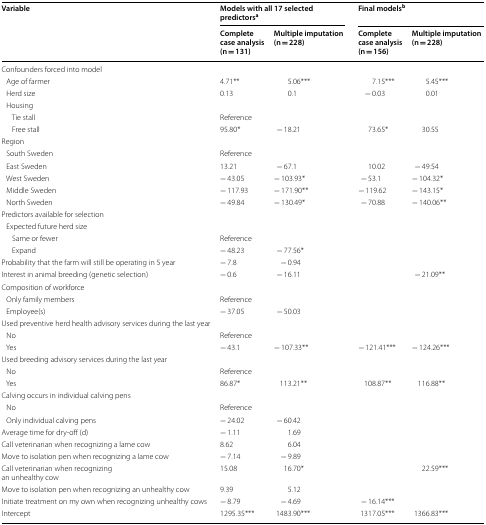
<table><thead><tr><td rowspan="2"><b>Variable</b></td><td colspan="2"><b>Models with all 17 selected predictors<sup>a</sup></b></td><td colspan="2"><b>Final models<sup>b</sup></b></td></tr><tr><td><b>Complete case analysis(n = 131)</b></td><td><b>Multiple imputation(n = 228)</b></td><td><b>Complete case analysis(n = 156)</b></td><td><b>Multiple imputation(n = 228)</b></td></tr></thead><tbody><tr><td colspan="5">Confounders forced into model</td></tr><tr><td> Age of farmer</td><td>4.71**</td><td>5.06***</td><td>7.15***</td><td>5.45***</td></tr><tr><td> Herd size</td><td>0.13</td><td>0.1</td><td>− 0.03</td><td>0.01</td></tr><tr><td colspan="3"> Housing</td><td></td><td></td></tr><tr><td>Tie stall</td><td>Reference</td><td></td><td></td><td></td></tr><tr><td>Free stall</td><td>95.80*</td><td>− 18.21</td><td>73.65*</td><td>30.55</td></tr><tr><td colspan="5">Region</td></tr><tr><td> South Sweden</td><td>Reference</td><td></td><td></td><td></td></tr><tr><td> East Sweden</td><td>13.21</td><td>− 67.1</td><td>10.02</td><td>− 49.54</td></tr><tr><td> West Sweden</td><td>− 43.05</td><td>− 103.93*</td><td>− 53.1</td><td>− 104.32*</td></tr><tr><td> Middle Sweden</td><td>− 117.93</td><td>− 171.90**</td><td>− 119.62</td><td>− 143.15*</td></tr><tr><td> North Sweden</td><td>− 49.84</td><td>− 130.49*</td><td>− 70.88</td><td>− 140.06**</td></tr><tr><td colspan="5">Predictors available for selection</td></tr><tr><td colspan="5"> Expected future herd size</td></tr><tr><td>Same or fewer</td><td>Reference</td><td></td><td></td><td></td></tr><tr><td>Expand</td><td>− 48.23</td><td>− 77.56*</td><td></td><td></td></tr><tr><td>Probability that the farm will still be operating in 5 year</td><td>− 7.8</td><td>− 0.94</td><td></td><td></td></tr><tr><td>Interest in animal breeding (genetic selection)</td><td>− 0.6</td><td>− 16.11</td><td></td><td>− 21.09**</td></tr><tr><td colspan="3">Composition of workforce</td><td></td><td></td></tr><tr><td> Only family members</td><td>Reference</td><td></td><td></td><td></td></tr><tr><td> Employee(s)</td><td>− 37.05</td><td>− 50.03</td><td></td><td></td></tr><tr><td colspan="5">Used preventive herd health advisory services during the last year</td></tr><tr><td> No</td><td>Reference</td><td></td><td></td><td></td></tr><tr><td> Yes</td><td>− 43.1</td><td>− 107.33**</td><td>− 121.41***</td><td>− 124.26***</td></tr><tr><td colspan="3">Used breeding advisory services during the last year</td><td></td><td></td></tr><tr><td> No</td><td>Reference</td><td></td><td></td><td></td></tr><tr><td> Yes</td><td>86.87*</td><td>113.21**</td><td>108.87**</td><td>116.88**</td></tr><tr><td colspan="5">Calving occurs in individual calving pens</td></tr><tr><td> No</td><td>Reference</td><td></td><td></td><td></td></tr><tr><td> Only individual calving pens</td><td>− 24.02</td><td>− 60.42</td><td></td><td></td></tr><tr><td>Average time for dry-off (d)</td><td>− 1.11</td><td>1.69</td><td></td><td></td></tr><tr><td>Call veterinarian when recognizing a lame cow</td><td>8.62</td><td>6.04</td><td></td><td></td></tr><tr><td>Move to isolation pen when recognizing a lame cow</td><td>− 7.14</td><td>− 9.89</td><td></td><td></td></tr><tr><td>Call veterinarian when recognizingan unhealthy cow</td><td>15.08</td><td>16.70*</td><td></td><td>22.59***</td></tr><tr><td>Move to isolation pen when recognizing an unhealthy cow</td><td>9.39</td><td>5.12</td><td></td><td></td></tr><tr><td>Initiate treatment on my own when recognizing unhealthy cows</td><td>− 8.79</td><td>− 4.69</td><td>− 16.14***</td><td></td></tr><tr><td>Intercept</td><td>1295.35***</td><td>1483.90***</td><td>1317.05***</td><td>1366.83***</td></tr></tbody></table>